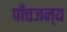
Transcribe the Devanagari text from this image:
पाँचजन्य